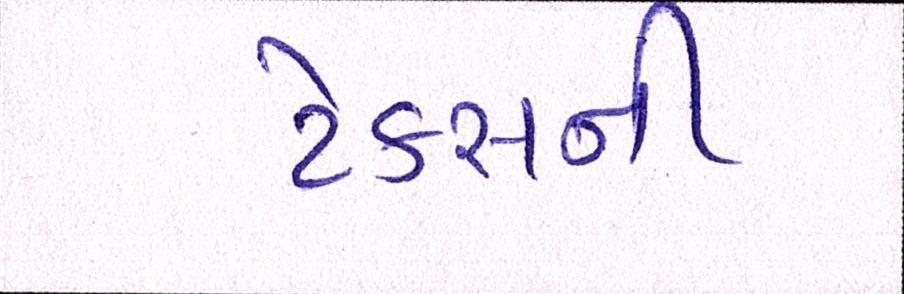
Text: ટેકસની